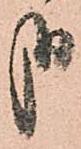
哉